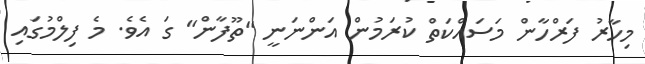
މިހާރު ފަރްހާން މަސައްކަތް ކުރަމުން އަންނަނީ "ތޫފާން" ގަ އެވެ. މެ ފިލްމުގައި